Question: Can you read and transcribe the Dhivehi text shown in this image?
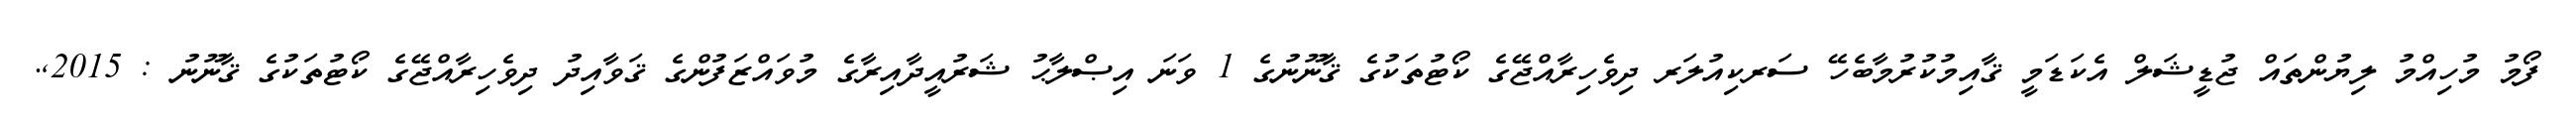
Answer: ފޯމު މުހިއްމު ލިޔުންތައް ޖުޑީޝަލް އެކަޑަމީ ޤާއިމުކުރުމާބެހޭ ސަރކިއުލަރ ދިވެހިރާއްޖޭގެ ކޯޓުތަކުގެ ޤާނޫނުގެ 1 ވަނަ އިޞްލާޙު ޝަރުއީދާއިރާގެ މުވައްޒަފުންގެ ޤަވާއިދު ދިވެހިރާއްޖޭގެ ކޯޓުތަކުގެ ޤާނޫނު : 2015,.